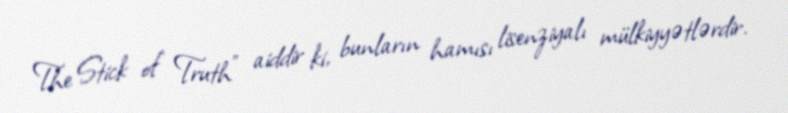
The Stick of Truth" aiddir ki, bunların hamısı lisenziyalı mülkiyyətlərdir.